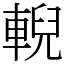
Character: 輗